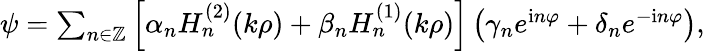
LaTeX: \begin{array}{r}{\psi=\sum_{n\in\mathbb{Z}}\left[\alpha_{n}H_{n}^{(2)}(k\rho)+\beta_{n}H_{n}^{(1)}(k\rho)\right]\left(\gamma_{n}e^{\mathrm{i}n\varphi}+\delta_{n}e^{-\mathrm{i}n\varphi}\right),}\end{array}